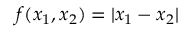
f ( x _ { 1 } , x _ { 2 } ) = | x _ { 1 } - x _ { 2 } |